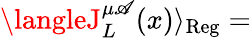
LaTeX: \langleJ_{L}^{\mu\mathscr{A}}(x)\rangle_{\mathrm{{Reg}}}=